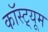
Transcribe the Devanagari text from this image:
कॉस्ट़्यूम